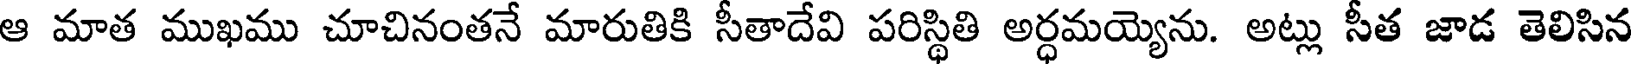
ఆ మాత ముఖము చూచినంతనే మారుతికి సీతాదేవి పరిస్థితి అర్ధమయ్యెను. అట్లు సీత జాడ తెలిసిన